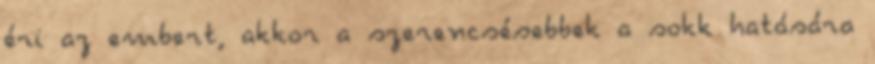
éri az embert, akkor a szerencsésebbek a sokk hatására